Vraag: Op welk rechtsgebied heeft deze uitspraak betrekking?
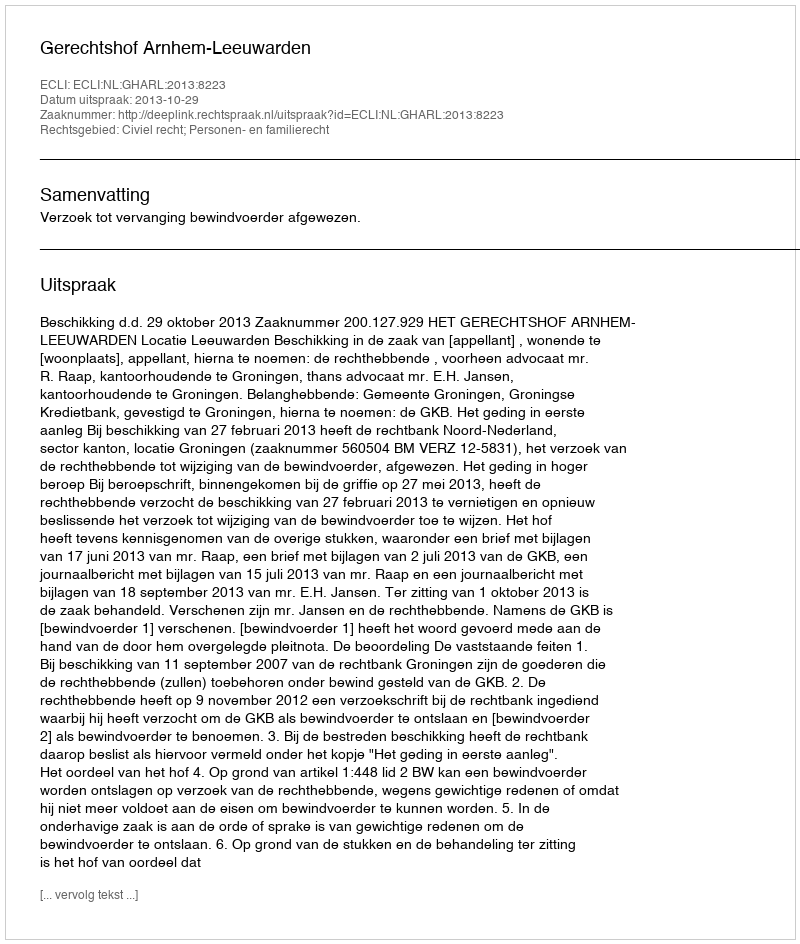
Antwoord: Civiel recht; Personen- en familierecht